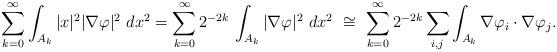
LaTeX: \begin{align*} \sum_{k=0}^\infty\int_{A_k}|x|^2|\nabla\varphi|^2\ dx^2=\sum_{k=0}^\infty 2^{-2k}\,\int_{A_k}|\nabla\varphi|^2\ dx^2\ \cong\ \sum_{k=0}^\infty2^{-2k}\sum_{i,j}\int_{A_k}\nabla\varphi_i\cdot\nabla\varphi_j.\end{align*}